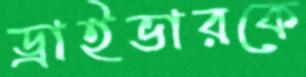
ড্রাইভারকে